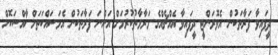
ދީފައިވާ ފަރާތަކުން އެވޮރަންޓީ ދީފައިވާ އެއްޗެއްގެ މަރާމާތުކުރުމަށް އަންނަ ފަރާތަކުން އެމަސައްކަތަށް ޚާއްސަކޮށް